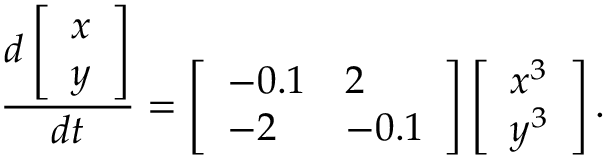
\frac { d \left[ \begin{array} { l } { x } \\ { y } \end{array} \right] } { d t } = \left[ \begin{array} { l l } { - 0 . 1 } & { 2 } \\ { - 2 } & { - 0 . 1 } \end{array} \right] \left[ \begin{array} { l } { x ^ { 3 } } \\ { y ^ { 3 } } \end{array} \right] .